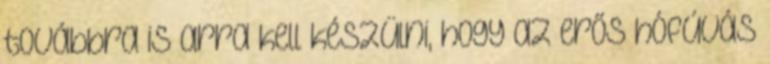
továbbra is arra kell készülni, hogy az erős hófúvás